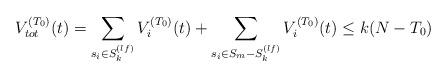
LaTeX: \begin{align*}V_{tot}^{(T_0)}(t)=\sum_{s_i\in S_k^{(lf)}} V_i^{(T_0)}(t)+\sum_{s_i\in S_m-S_k^{(lf)}} V_i^{(T_0)}(t) \leq k(N-T_0) \end{align*}